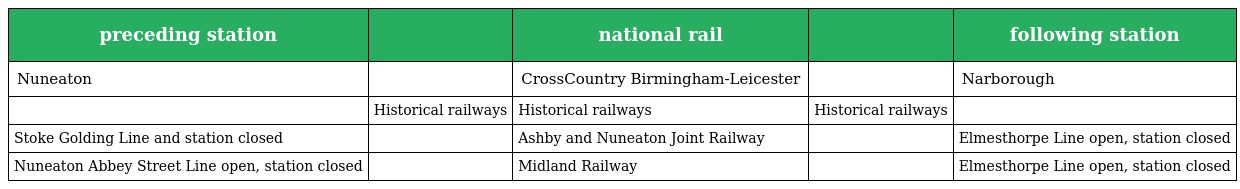
| preceding station |  | national rail |  | following station |
 | --- | --- | --- | --- | --- |
 | Nuneaton |  | CrossCountry Birmingham-Leicester |  | Narborough |
 |  | Historical railways | Historical railways | Historical railways |  |
 | Stoke Golding Line and station closed |  | Ashby and Nuneaton Joint Railway |  | Elmesthorpe Line open, station closed |
 | Nuneaton Abbey Street Line open, station closed |  | Midland Railway |  | Elmesthorpe Line open, station closed |